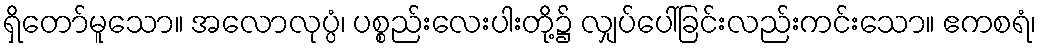
ရှိတော်မူသော။ အလောလုပ္ပံ၊ ပစ္စည်းလေးပါးတို့၌ လျှပ်ပေါ်ခြင်းလည်းကင်းသော။ ဧကစရံ၊